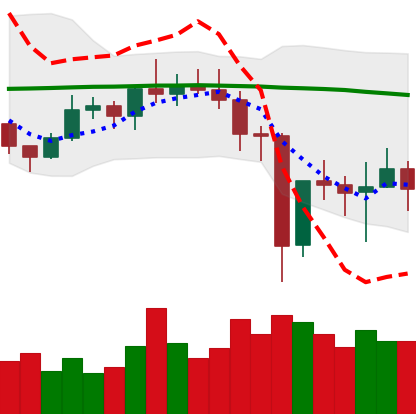
Ticker: NEO-USD
Chart end date: 2020-12-29
Forward return: 6.058%
Label: up_5_7